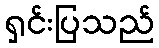
ရှင်းပြသည်